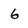
Character: 6